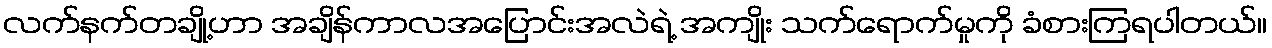
လက်နက်တချို့ဟာ အချိန်ကာလအပြောင်းအလဲရဲ့ အကျိုး သက်ရောက်မှုကို ခံစားကြရပါတယ်။